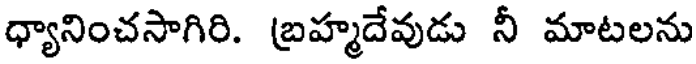
ధ్యానించసాగిరి. బ్రహ్మదేవుడు నీ మాటలను